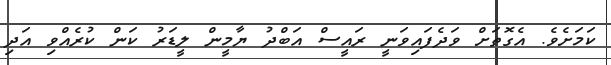
ކަމަށެެވެ. އެގޮތަށް ވަދެފައިވަނީ ރައީސް އަބްދު ޔާމީން ލީޑަރު ކަން ކުރެއްވި އަދި